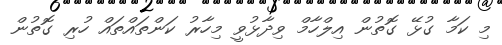
މި ކަމާ ގުޅޭ ގޮތުން އިލްހާމް ވިދާޅުވީ މިހާރު ކަންތައްތައް ހުރި ގޮތުން